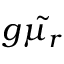
g \tilde { \mu _ { r } }